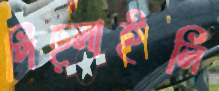
পিছ্‌লাইলি